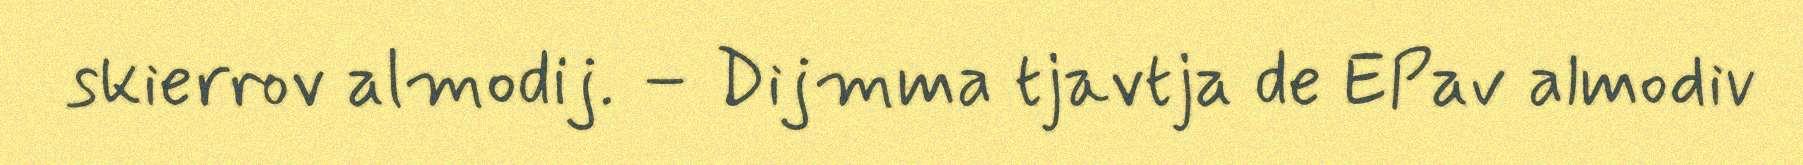
skierrov almodij. – Dijmma tjavtja de EPav almodiv